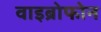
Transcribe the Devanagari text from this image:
वाइब्रोफोन